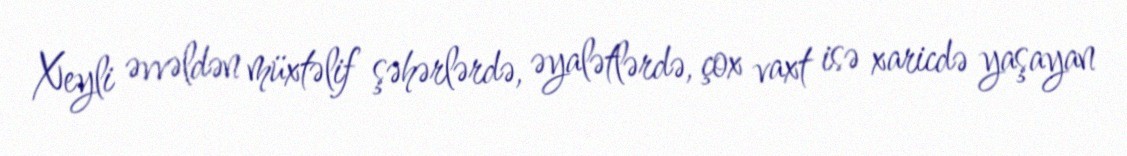
Xeyli əvvəldən müxtəlif şəhərlərdə, əyalətlərdə, çox vaxt isə xaricdə yaşayan